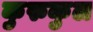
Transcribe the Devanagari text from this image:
कुरुकुल